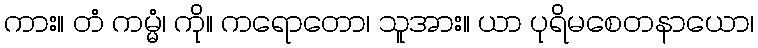
ကား။ တံ ကမ္မံ၊ ကို။ ကရောတော၊ သူအား။ ယာ ပုရိမစေတနာယော၊